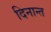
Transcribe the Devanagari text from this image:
दिनान्त